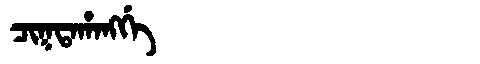
Manchu: ᠴᡳᡴᡨᠠᡥᠠᠩᡤᡝ
Romanization: CIKTAHANGGE